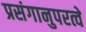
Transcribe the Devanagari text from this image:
प्रसंगानुपरत्वे